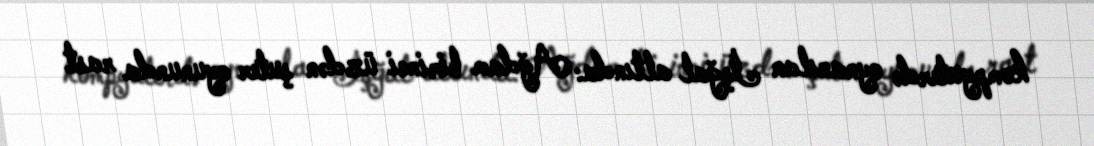
kompyuterdə oynanılan İşğal altında: Ağdam birinci üzdən şuter oyununda rast